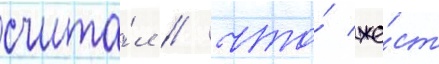
счита́л / что́ же́ст